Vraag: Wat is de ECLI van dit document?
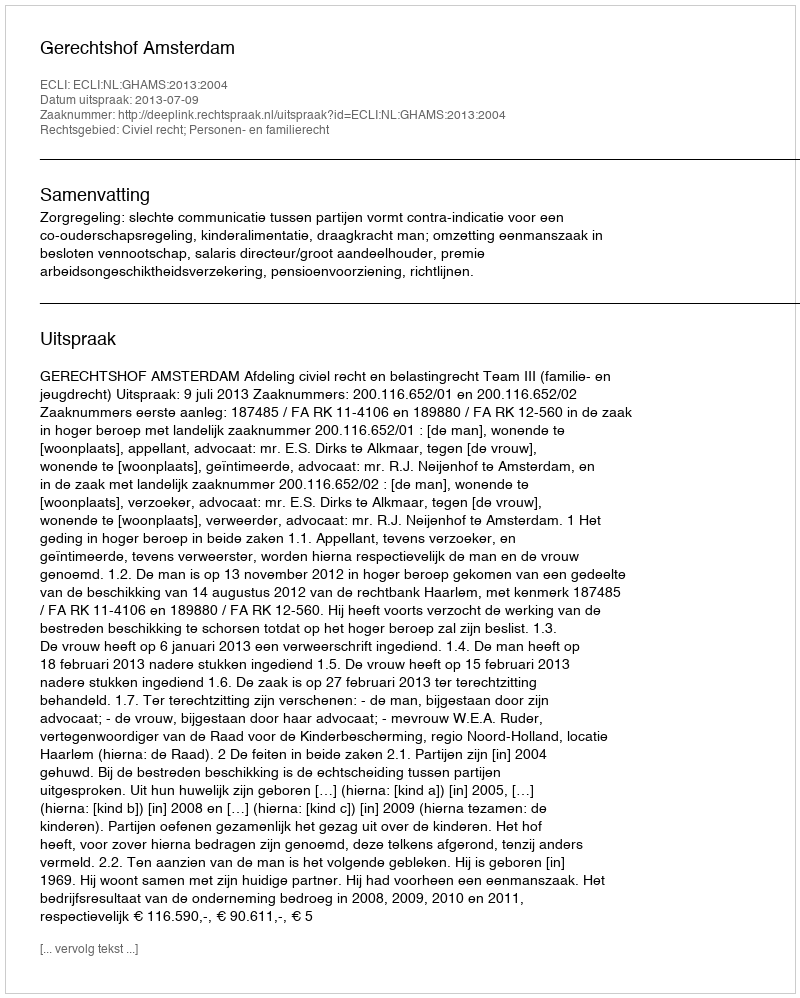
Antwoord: ECLI:NL:GHAMS:2013:2004